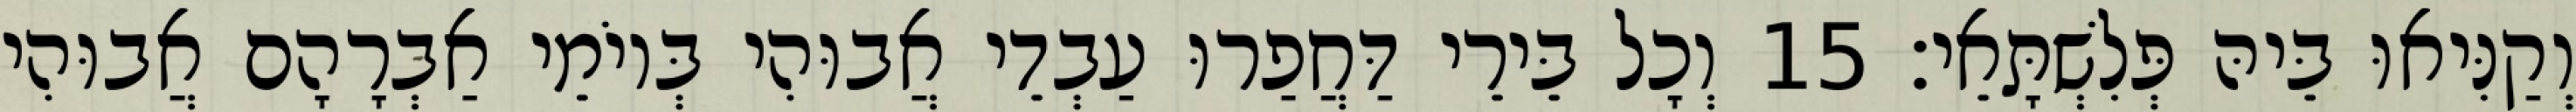
וְקַנִּיאוּ בֵּיהּ פְּלִשְׁתָּאֵי׃ 15 וְכָל בֵּירֵי דַּחֲפַרוּ עַבְדֵי אֲבוּהִי בְּיוֹמֵי אַבְרָהָם אֲבוּהִי